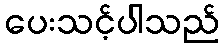
ပေးသင့်ပါသည်